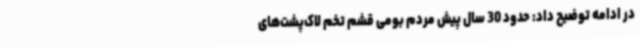
در ادامه توضیح داد: حدود 30 سال پیش مردم بومی قشم تخم لاک‌پشت‌های